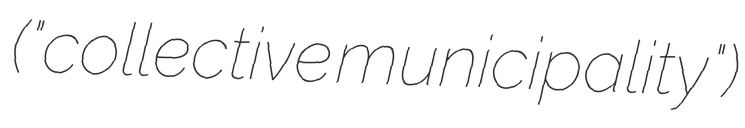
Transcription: ("collective municipality")